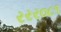
રરર૦૮૧